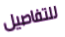
للتفاصيل